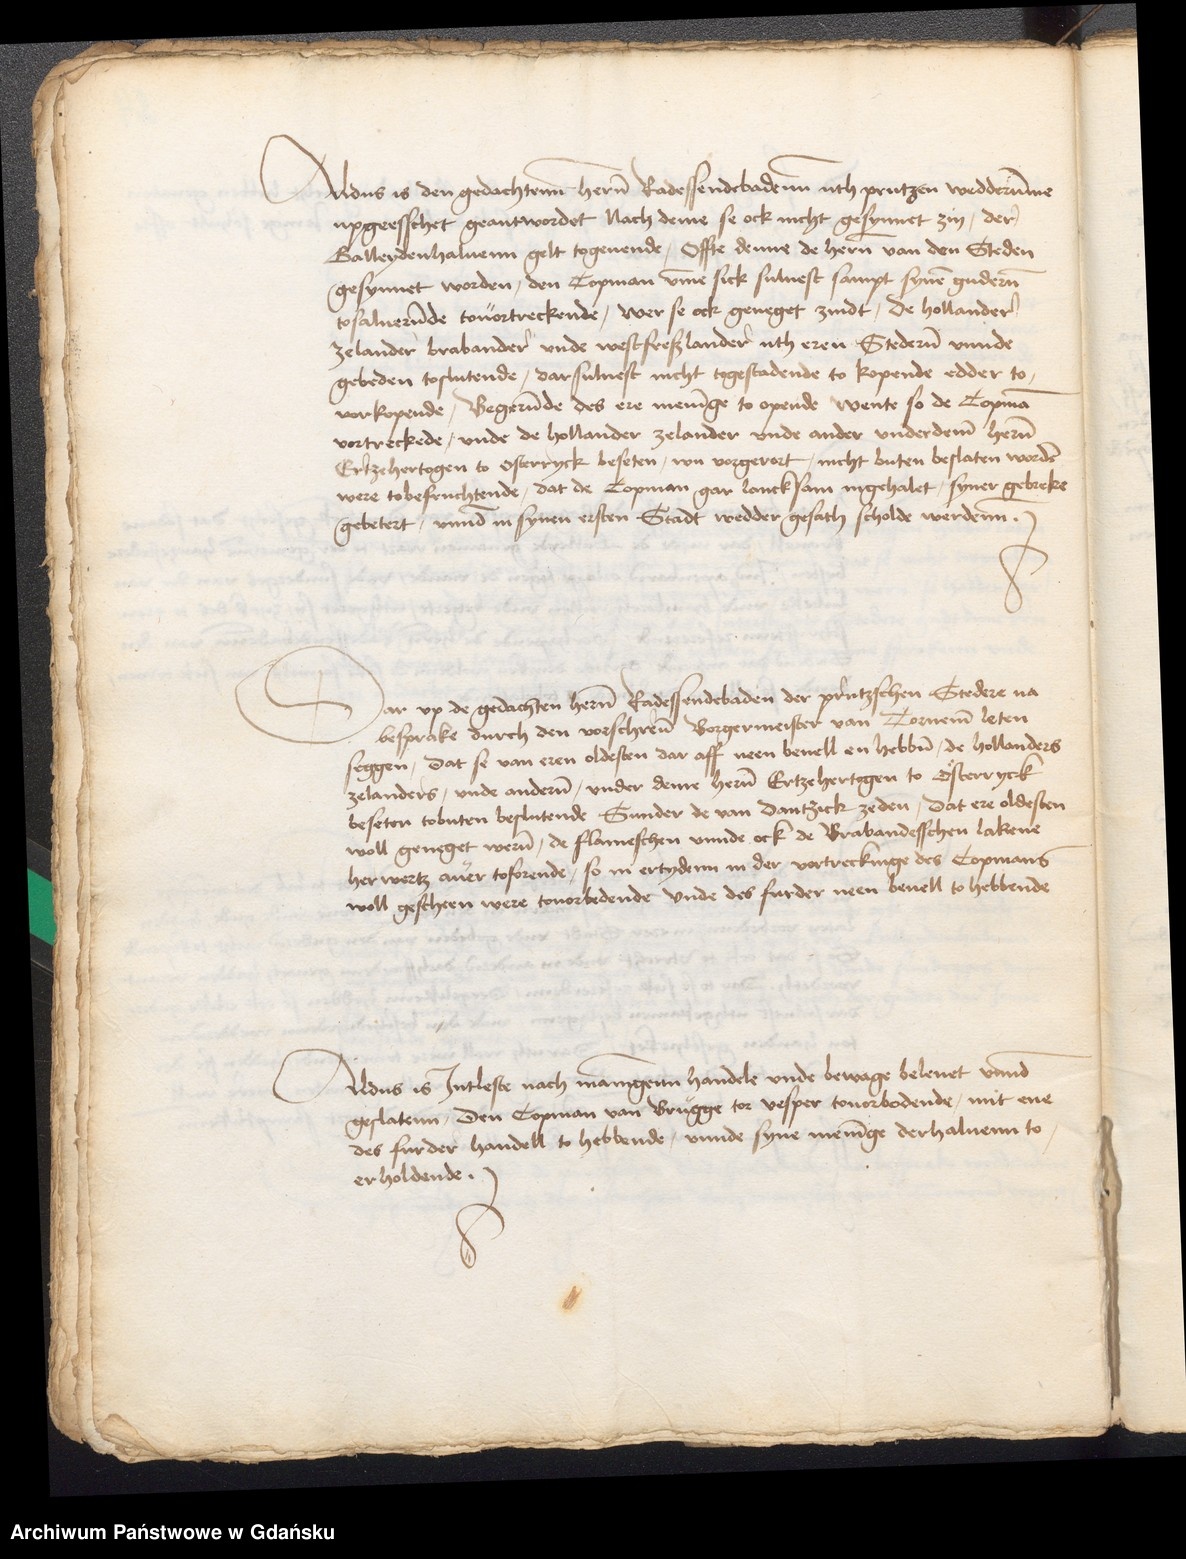
Aldus is den gedachtenne heren Radessendebadenne uth Prutzen wedderumme
upgeesschet geantwordet Nach deme se ock nicht gesynnet zin, der
Galleydenhaluenn gelt togeuende, offte denne de heren van den Steden
gesynnet worden, den Copman vmme sick suluest sampt synen guderen
tosaluerende touortreckende, wer se ock geneget zindt, de Hollandere
Zelander Brabandere vnde westreflandere uth eren Stederen vnnde
gebeden toslutende, darsuluest nicht togestadende to kopende edder to
vorkopende, Begerende des ere meninge to opende wente so de Copman
vortreckede, vnde de hollander zelander vnde ander vnderdeme heren
Ertzehertogen to Osterryck beseten, wu vorgerort, nicht buten beslaten worden
were tobefruchtende, dat de Copman gar lancksam ingehalet, syner gebreke
gebetert, vnnde in synen ersten Stadt wedder gesath scholde werdenne.

Dar vp de gedachten heren Radessendebaden der prutzschen Stedere na
besprake durch den vorschreuen Borgermeister van Torneme leten
seggen, dat se van eren oldesten dar aff neen beuell en hebben de hollanders
zelanders, vnde anderen, vnder deme heren Ertzehertogen to Osterryck
beseten tobuten beslutende Sunder de van Dantzick zeden, dat ere oldesten
woll geneget weren, de flameschen vnnde ock de Brabandesschen lakene
herwertz auer toforende, so in ertyden in der vortreckinge des Copmans
woll gescheen were touorbedende vnde des furder neen beuel to hebbende.

Aldus is Jntleste nach mannigenn handele vnde beuange beleuet vnnde
geslatenn, den Copman van Brugge tor vesper touorbodende, mit ene
des furder handell to hebbende, vnnde syne meninge derhaluenn to
erholdende.